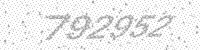
Solution: 792952